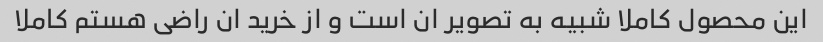
این محصول کاملا شبیه به تصویر ان است و از خرید ان راضی هستم کاملا